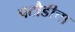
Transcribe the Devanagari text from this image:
पटौडीचा